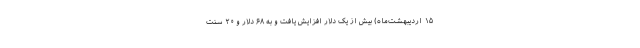
۱۵ اردیبهشت‌ماه) بیش از یک دلار افزایش یافت و به ۶۸ دلار و ۲۰ سنت